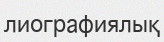
лиографиялық